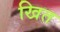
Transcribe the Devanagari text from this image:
खित